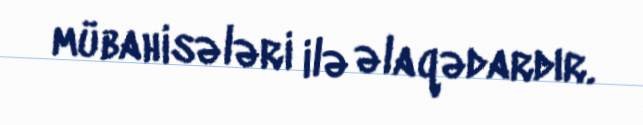
mübahisələri ilə əlaqədardır.